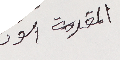
المقدمة الور